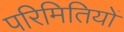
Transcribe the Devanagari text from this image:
परिमितियों